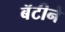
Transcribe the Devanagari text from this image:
बॅटीने